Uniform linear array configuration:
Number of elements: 32
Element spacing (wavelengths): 1
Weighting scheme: hamming
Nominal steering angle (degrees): -15
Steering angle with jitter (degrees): -14.531
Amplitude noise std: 0.05
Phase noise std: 0.05

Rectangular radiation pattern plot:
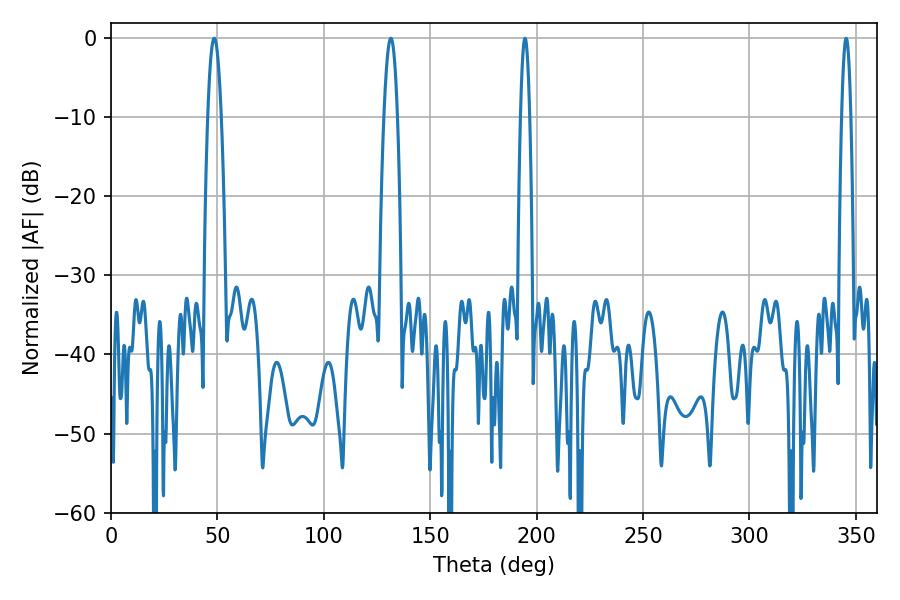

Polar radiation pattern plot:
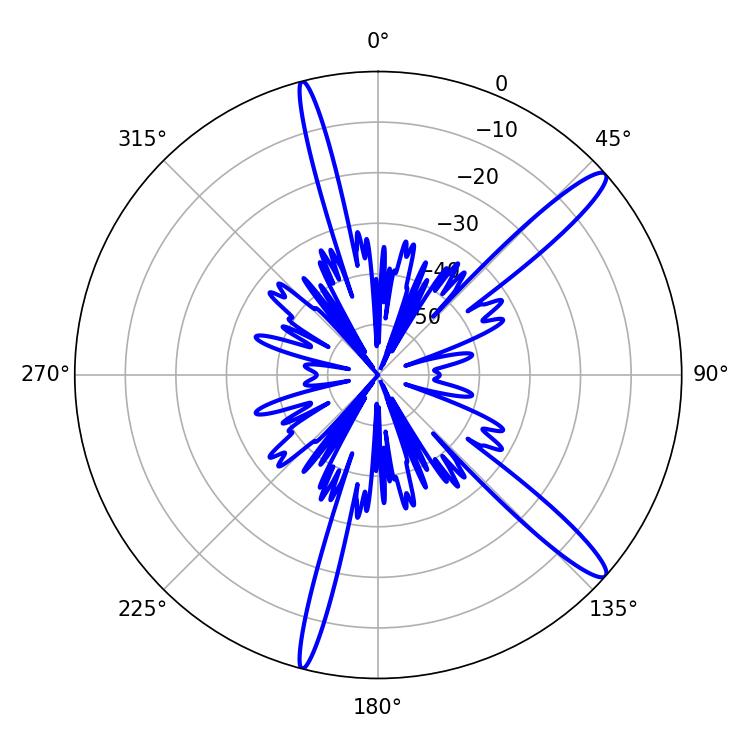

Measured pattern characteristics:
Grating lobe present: TRUE
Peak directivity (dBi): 14.158
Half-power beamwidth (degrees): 2.34
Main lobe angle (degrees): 345.42